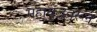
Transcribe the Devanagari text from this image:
महायुद्धवरून